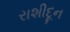
રાશીદૂન